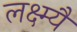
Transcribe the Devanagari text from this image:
लक्ष्म्यै